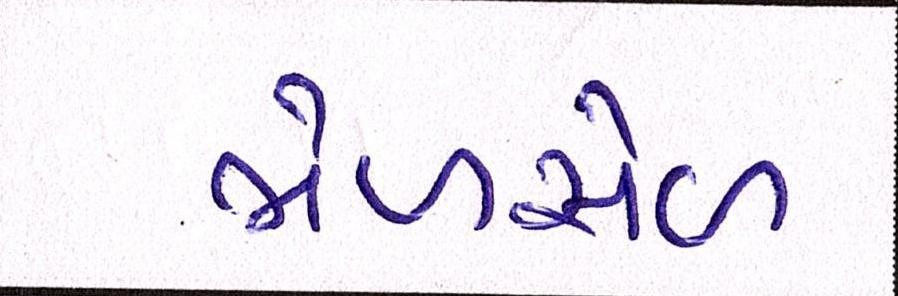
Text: ભેળસેળ